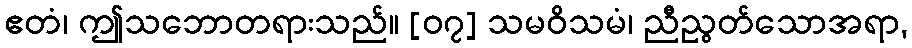
ဧတံ၊ ဤသဘောတရားသည်။ [၀၇] သမဝိသမံ၊ ညီညွတ်သောအရာ,